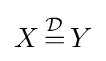
X\,{\stackrel {\mathcal {D}}{=}}\,Y